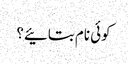
کوئی نام بتائیے؟